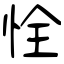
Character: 恮